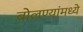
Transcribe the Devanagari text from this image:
बोलण्यांमध्ये